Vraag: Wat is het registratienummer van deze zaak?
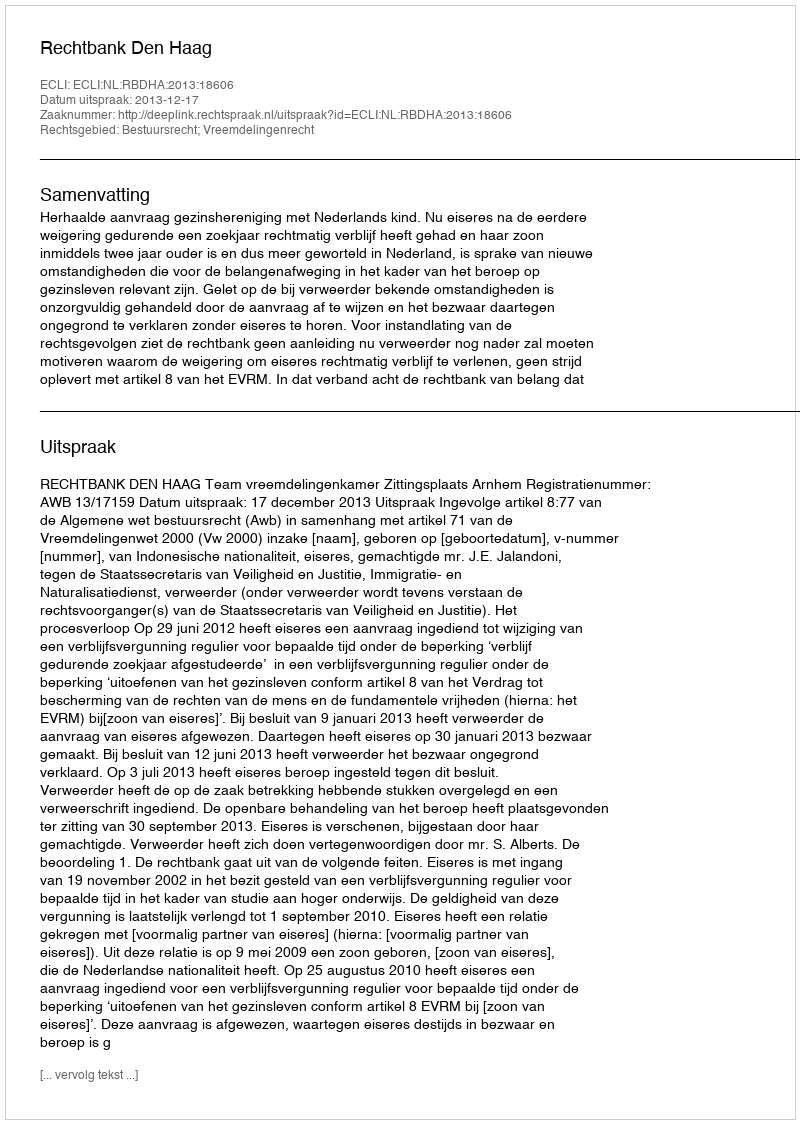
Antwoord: http://deeplink.rechtspraak.nl/uitspraak?id=ECLI:NL:RBDHA:2013:18606